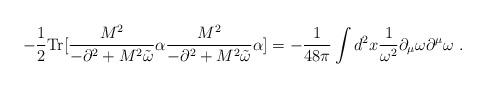
LaTeX: \begin{align*} -\frac{1}{2} {\rm Tr} [\frac{M^2}{-\partial^2 +M^2{\tilde\omega}}\alpha \frac{M^2}{-\partial^2 +M^2{\tilde\omega}}\alpha ] = -{1\over 48\pi}\int d^2x{1\over\omega^2}\partial_{\mu}\omega\partial^{\mu}\omega \;.\end{align*}